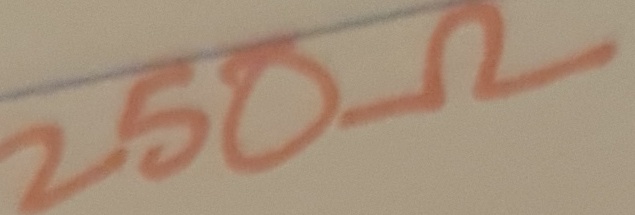
Text: 250Ω